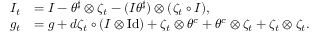
\begin{array} { r l } { I _ { t } } & { = I - \theta ^ { \sharp } \otimes \zeta _ { t } - ( I \theta ^ { \sharp } ) \otimes ( \zeta _ { t } \circ I ) , } \\ { g _ { t } } & { = g + d \zeta _ { t } \circ ( I \otimes \mathrm { I d } ) + \zeta _ { t } \otimes \theta ^ { c } + \theta ^ { c } \otimes \zeta _ { t } + \zeta _ { t } \otimes \zeta _ { t } . } \end{array}